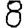
Digit: 8